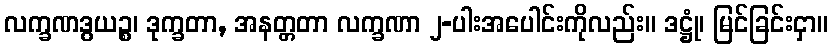
လက္ခဏဒွယဉ္စ၊ ဒုက္ခတာ, အနတ္တတာ လက္ခဏာ ၂-ပါးအပေါင်းကိုလည်း။ ဒဋ္ဌုံ၊ မြင်ခြင်းငှာ။